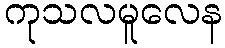
ကုသလမူလေန